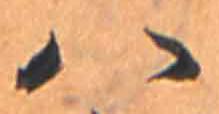
八